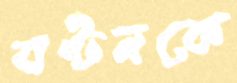
বণ্টনকে